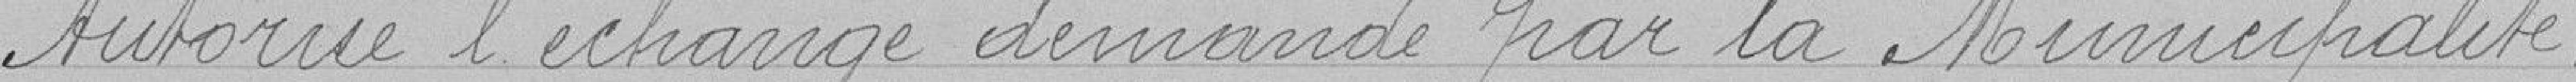
Autorise l'échange demandé par la Municipalité.